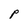
Character: P